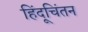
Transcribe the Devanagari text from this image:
हिंदूचिंतन